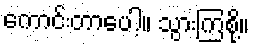
ကောင်းတာပေါ့။ သွားကြစို့။